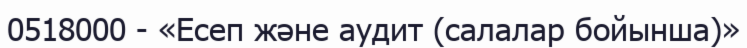
0518000 - «Есеп және аудит (салалар бойынша)»